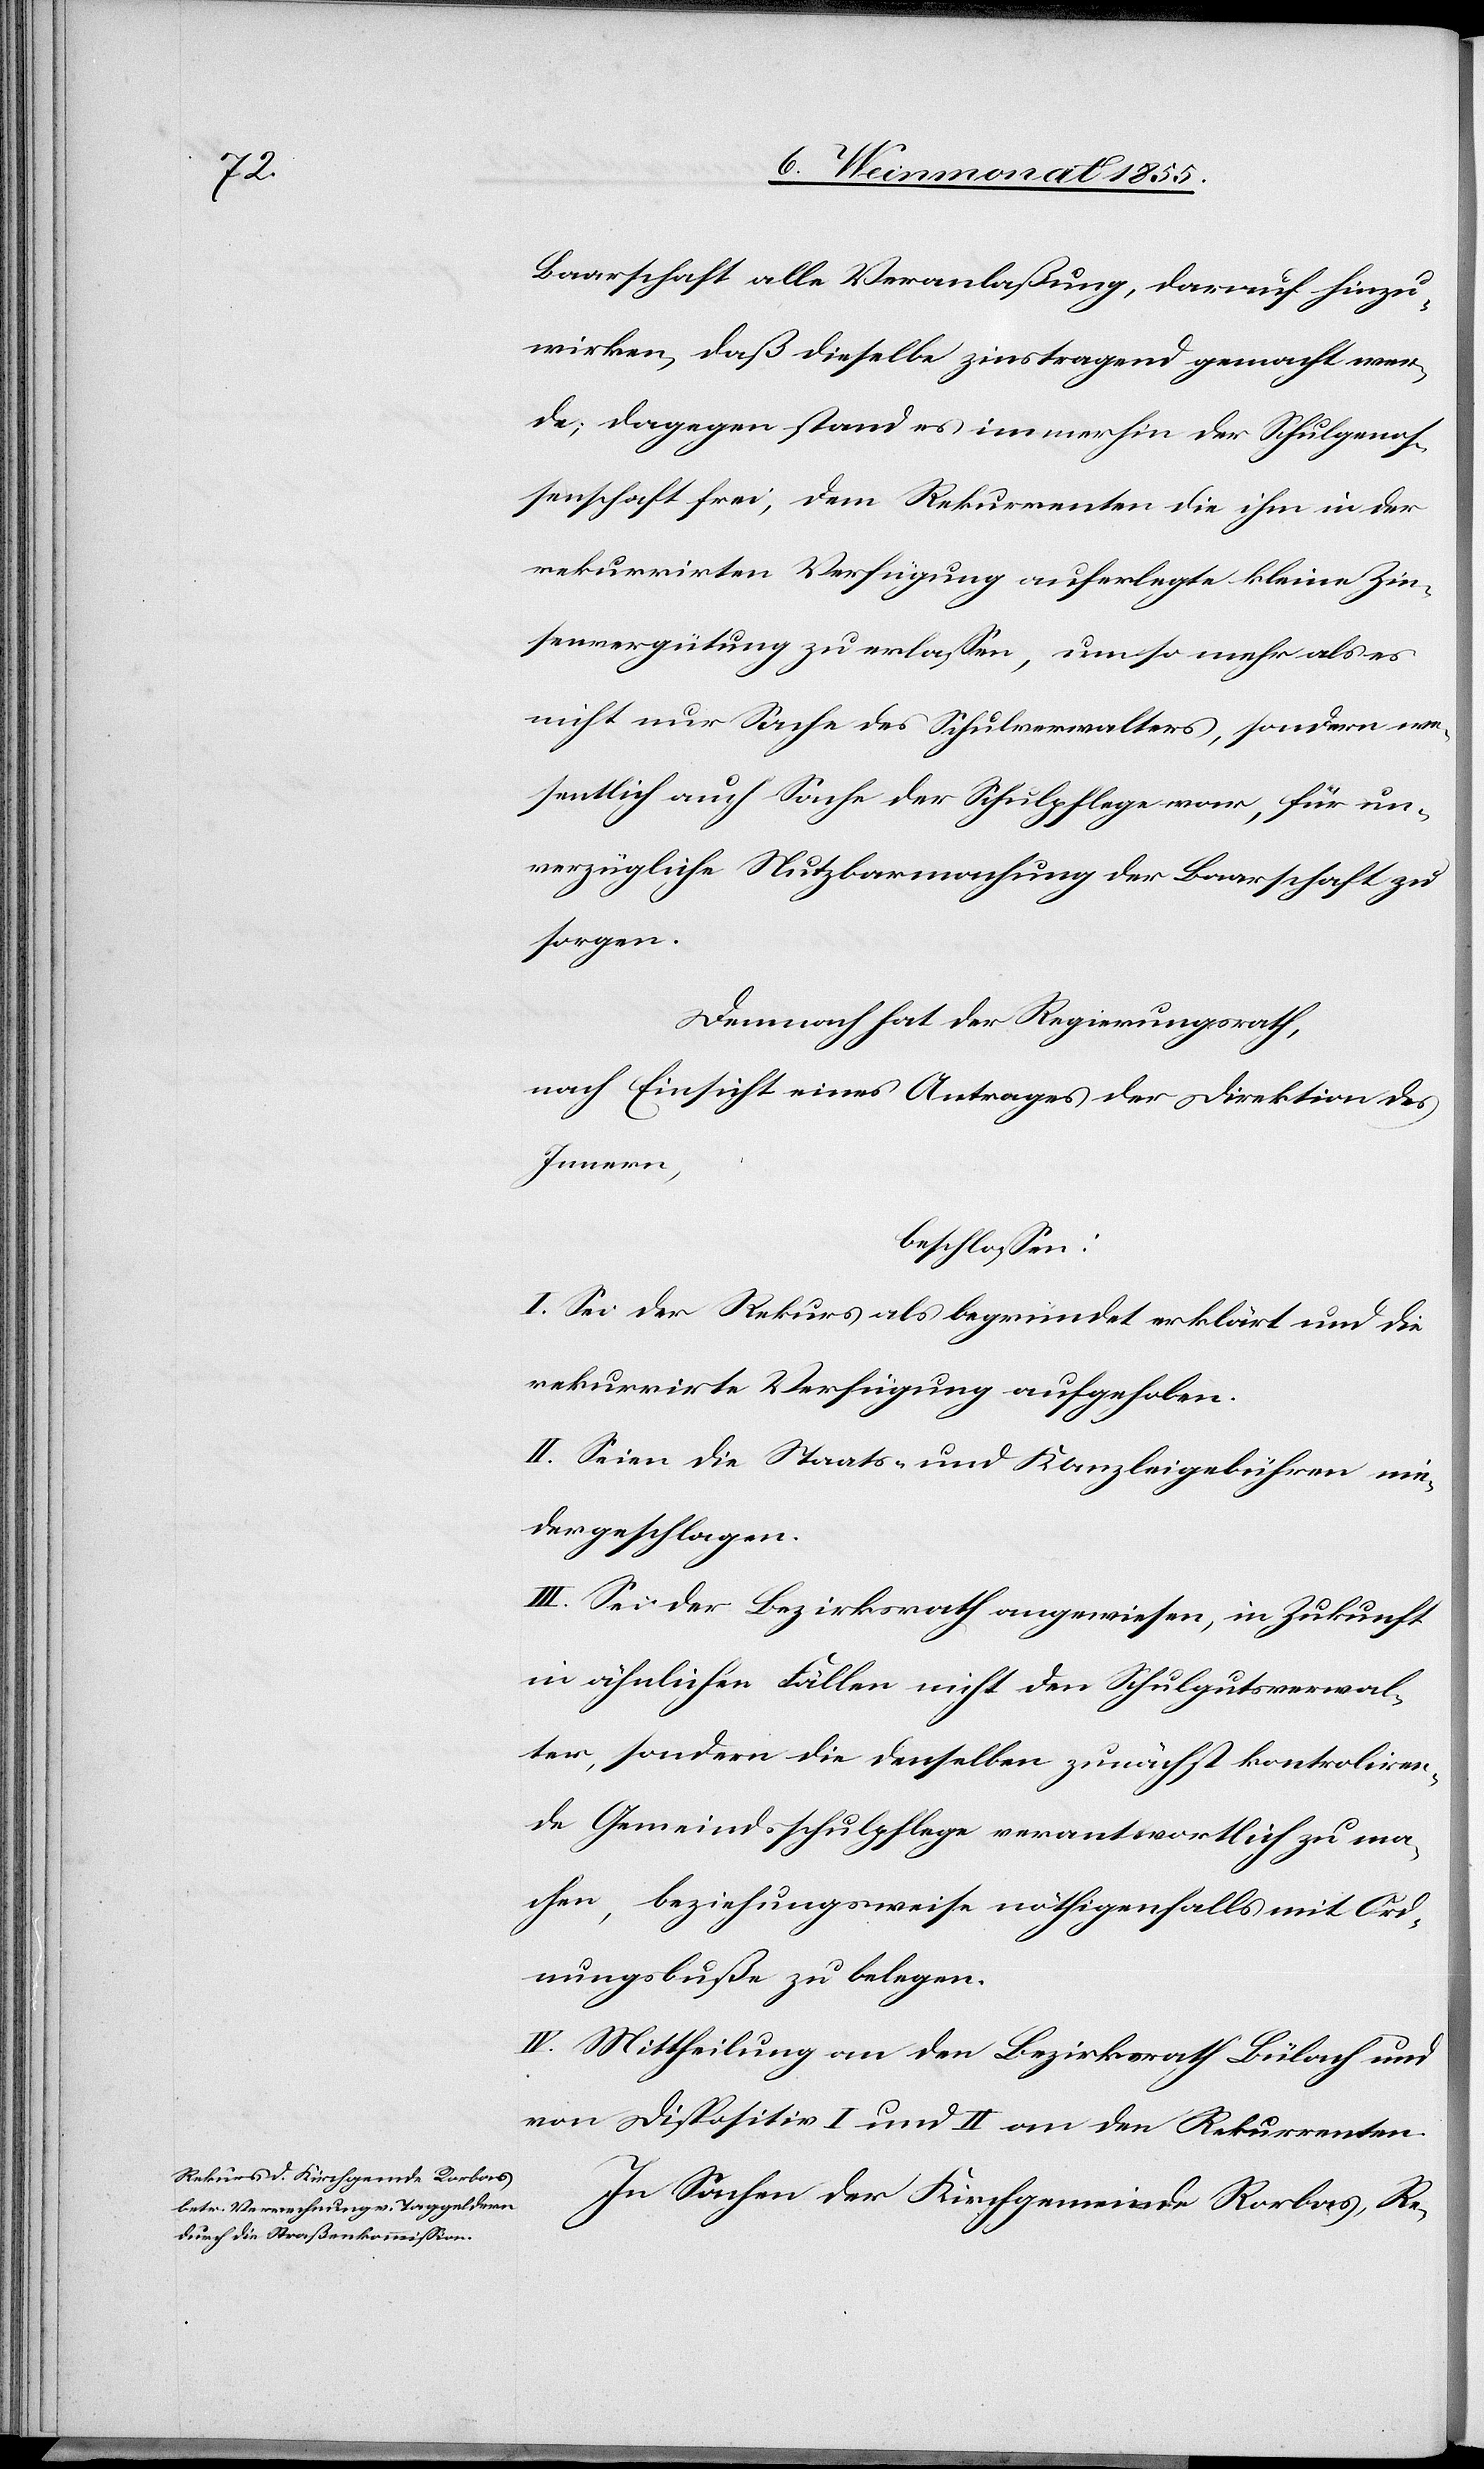
Baarschaft alle Veranlaßung, darauf hinzu¬
wirken, daß dieselbe zinstragend gemacht wer¬
de; dagegen stand es immerhin der Schulgenos¬
senschaft frei, dem Rekurrenten die ihm in der
rekurrirten Verfügung auferlegte kleine Zin¬
senvergütung zu erlassen, um so mehr als es
nicht nur Sache des Schulverwalters, sondern we¬
sentlich auch Sache der Schulpflege war, für un¬
verzügliche Nutzbarmachung der Baarschaft zu
sorgen.
Demnach hat der Regierungsrath,
nach Einsicht eines Antrages der Direktion des
Innern,
beschlossen:
I. Sei der Rekurs als begründet erklärt und die
rekurrirte Verfügung aufgehoben.
II. Seien die Staats- und Kanzleigebühren nie¬
dergeschlagen.
III. Sei der Bezirksrath angewiesen, in Zukunft
in ähnlichen Fällen nicht den Schulgutsverwal¬
ter, sondern die denselben zunächst kontroliren¬
de Gemeindsschulpflege verantwortlich zu ma¬
chen, beziehungsweise nöthigenfalls mit Ord¬
nungsbuße zu belegen.
IV. Mittheilung an den Bezirksrath Bülach und
von Dispositiv I und II an den Rekurrenten.
In Sachen der Kirchgemeinde Rorbas, Re-